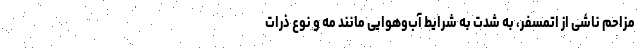
مزاحم ناشی از اتمسفر، به شدت به شرایط آب‌وهوایی مانند مه و نوع ذرات